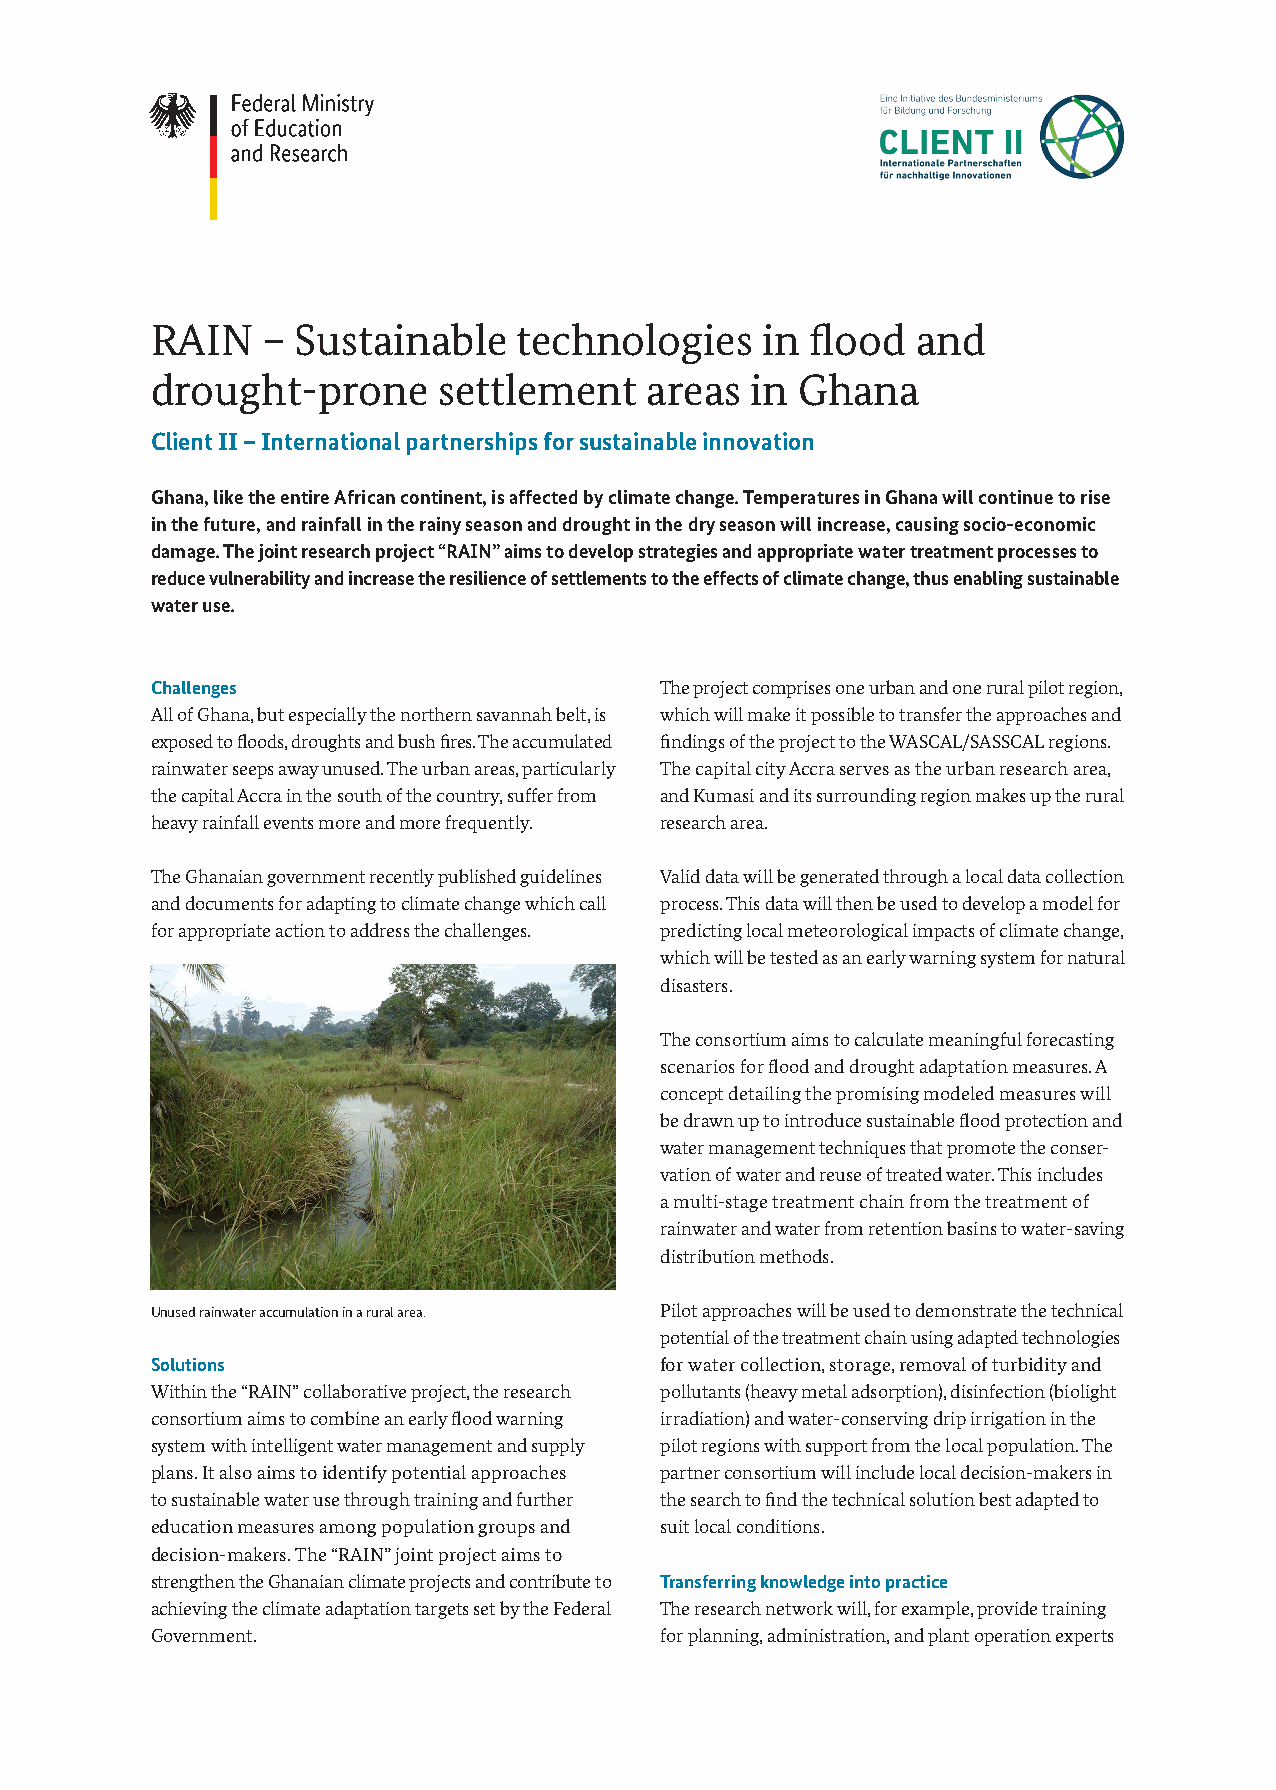
RAIN   – Sustainable    technologies    in  flood  and
 drought-prone      settlement    areas  in Ghana
 Client II – International partnerships for sustainable innovation
 Ghana, like the entire African continent, is affected by climate change. Temperatures in Ghana will continue to rise
 in the future, and rainfall in the rainy season and drought in the dry season will increase, causing socio-economic
 damage. The joint research project “RAIN” aims to develop strategies and appropriate water treatment processes to
 reduce vulnerability and increase the resilience of settlements to the effects of climate change, thus enabling sustainable
 water use.
 Challenges                        The project comprises one urban and one rural pilot region,
 All of Ghana, but especially the northern savannah belt, is which will make it possible to transfer the approaches and
 exposed to floods, droughts and bush fires. The accumulated findings of the project to the WASCAL/SASSCAL regions.
 rainwater seeps away unused. The urban areas, particularly The capital city Accra serves as the urban research area,
 the capital Accra in the south of the country, suffer from and Kumasi and its surrounding region makes up the rural
 heavy rainfall events more and more frequently. research area.
 The Ghanaian government recently published guidelines Valid data will be generated through a local data collection
 and documents for adapting to climate change which call process. This data will then be used to develop a model for
 for appropriate action to address the challenges. predicting local meteorological impacts of climate change,
 which will be tested as an early warning system for natural
 disasters.
 The consortium aims to calculate meaningful forecasting
 scenarios for flood and drought adaptation measures. A
 concept detailing the promising modeled measures will
 be drawn up to introduce sustainable flood protection and
 water management techniques that promote the conser-
 vation of water and reuse of treated water. This includes
 a multi-stage treatment chain from the treatment of
 rainwater and water from retention basins to water-saving
 distribution methods.
 Unused rainwater accumulation in a rural area. Pilot approaches will be used to demonstrate the technical
 potential of the treatment chain using adapted technologies
 Solutions                         for water collection, storage, removal of turbidity and
 Within the “RAIN” collaborative project, the research pollutants (heavy metal adsorption), disinfection (biolight
 consortium aims to combine an early flood warning irradiation) and water-conserving drip irrigation in the
 system with intelligent water management and supply pilot regions with support from the local population. The
 plans. It also aims to identify potential approaches partner consortium will include local decision-makers in
 to sustainable water use through training and further the search to find the technical solution best adapted to
 education measures among population groups and suit local conditions.
 decision-makers. The “RAIN” joint project aims to
 strengthen the Ghanaian climate projects and contrib ute to Transferring knowledge into practice
 achieving the climate adaptation targets set by the Federal The research network will, for example, provide training
 Government.                       for planning, administration, and plant operation experts